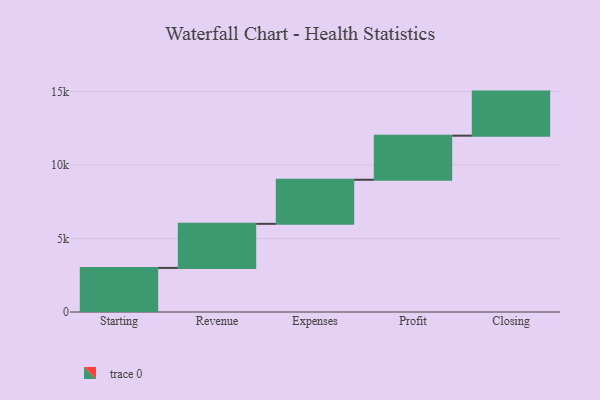
{"axis": {"x": "Step", "y": "Value"}, "legend": [""], "data": [{"x": "Starting", "y": 3000, "type": ""}, {"x": "Revenue", "y": 3000, "type": ""}, {"x": "Expenses", "y": 3000, "type": ""}, {"x": "Profit", "y": 3000, "type": ""}, {"x": "Closing", "y": 3000, "type": ""}]}